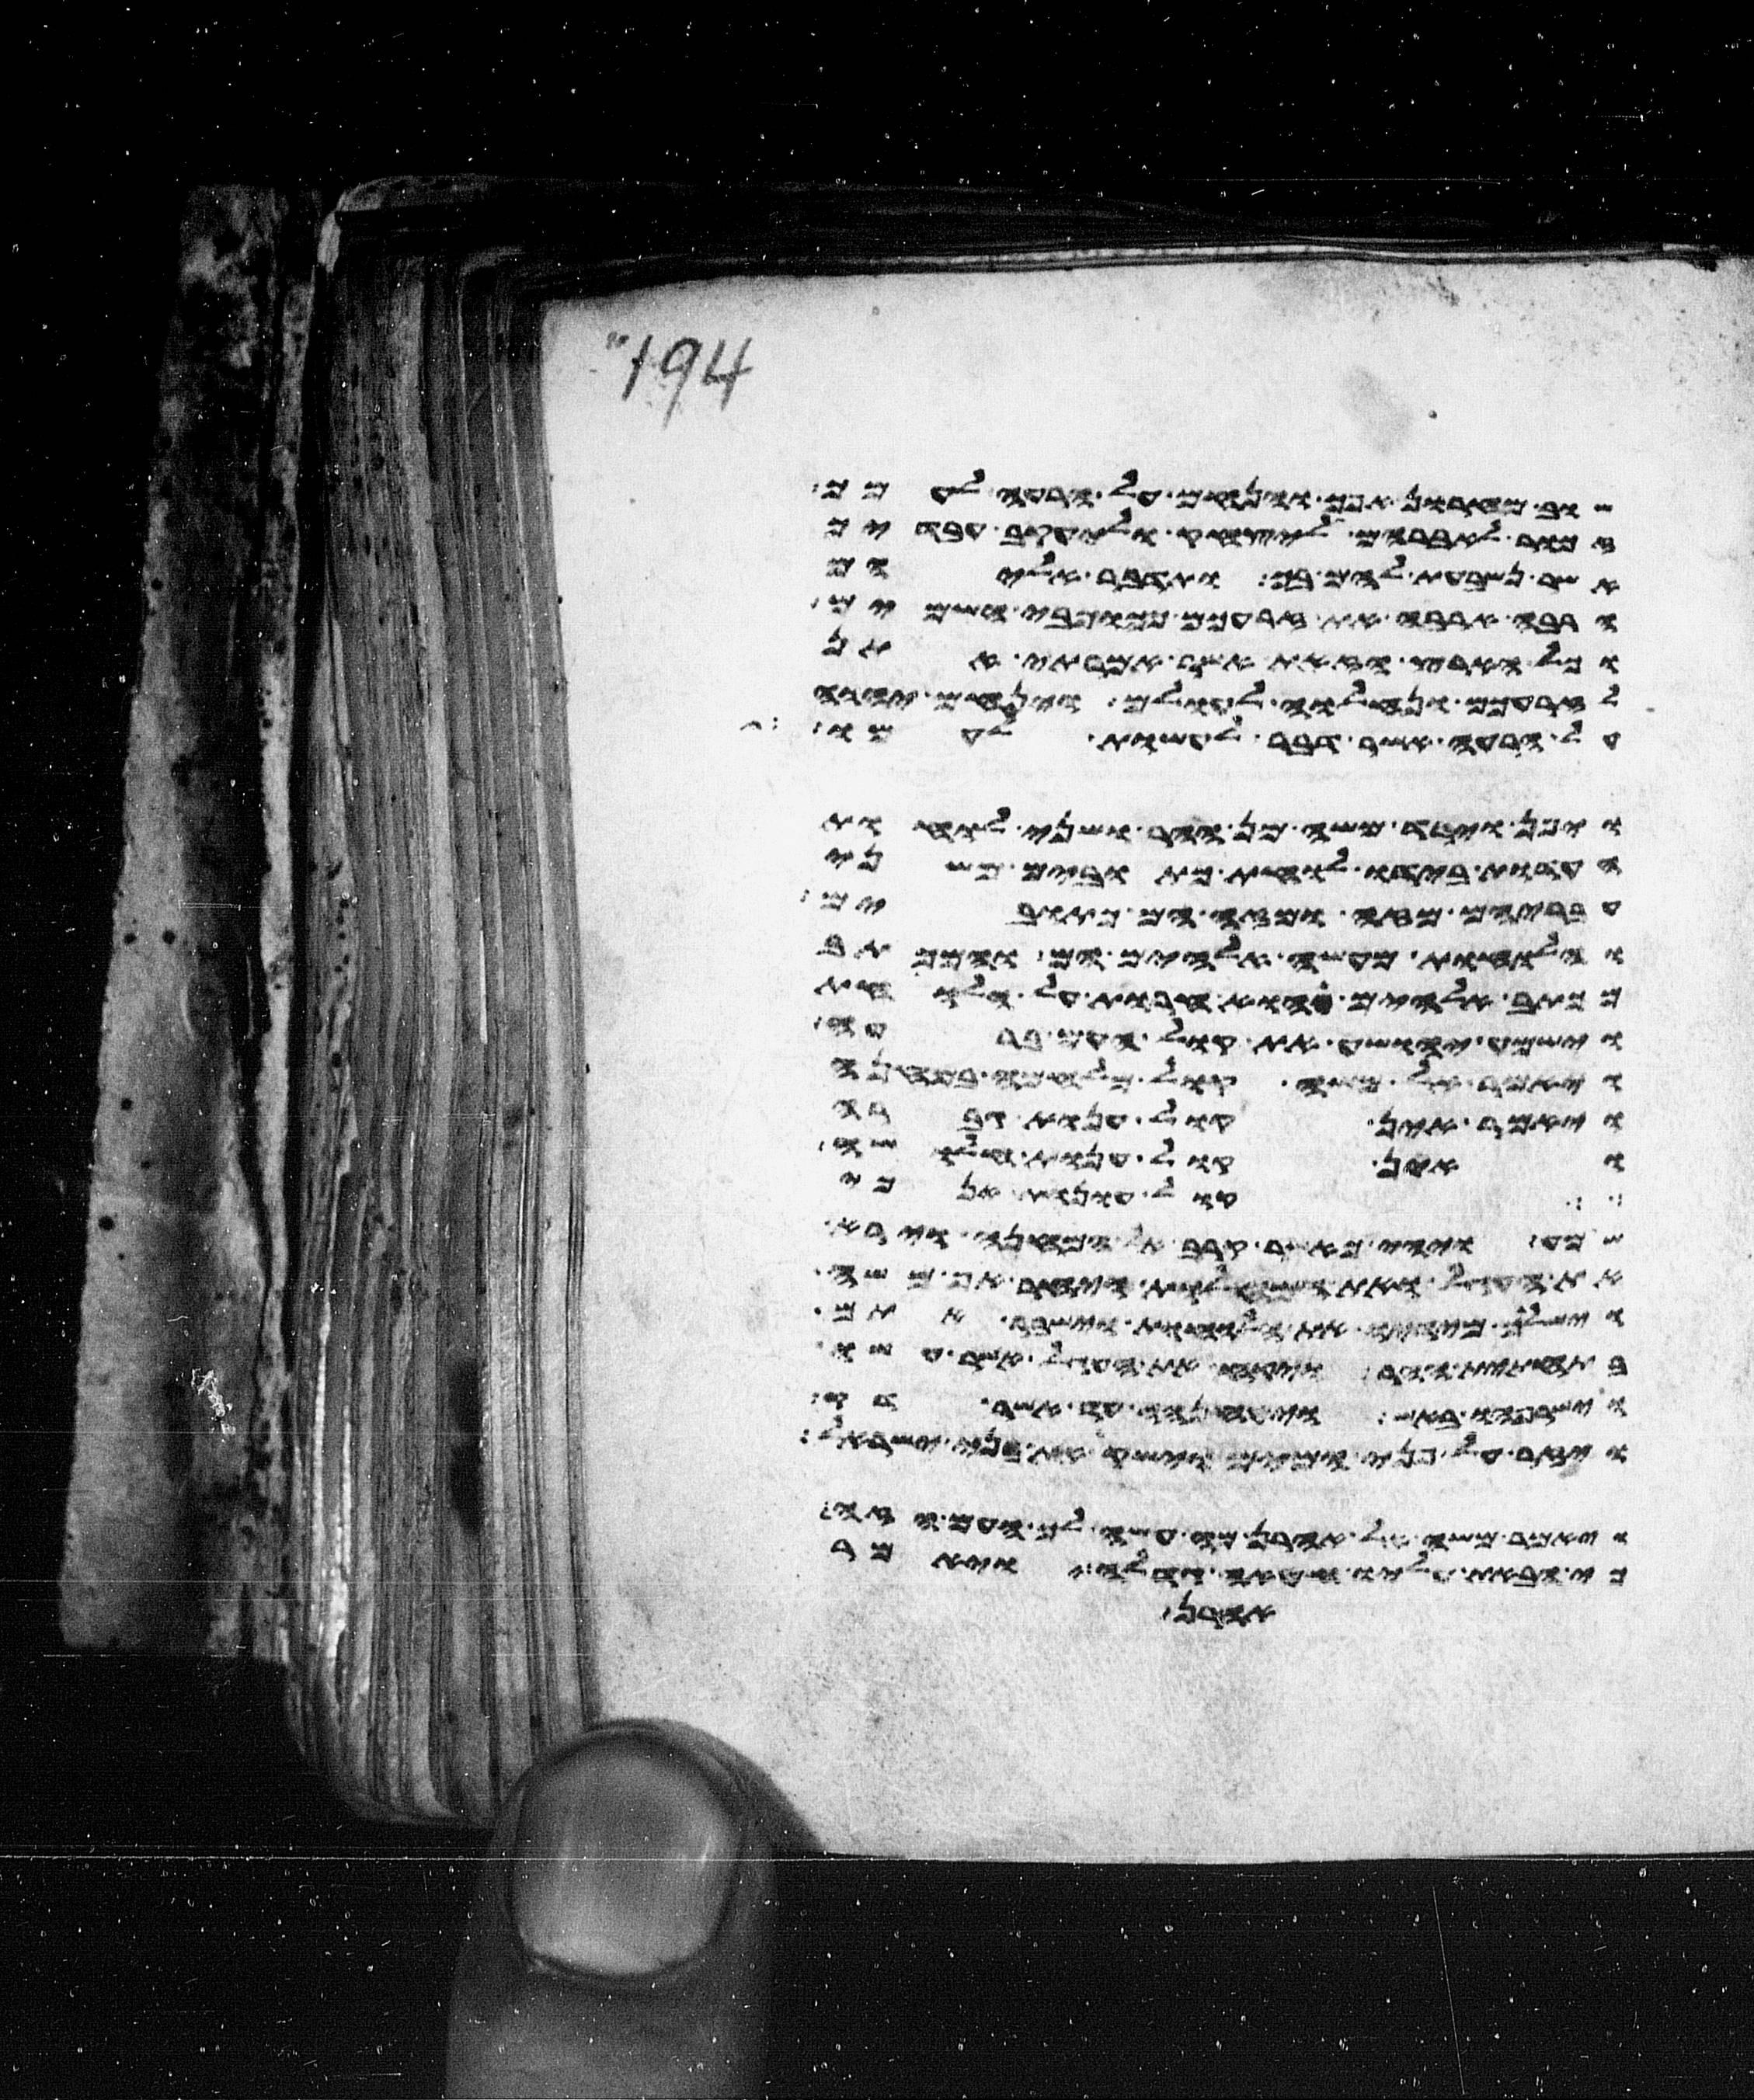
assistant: שוב מחרון אפך והנחם על הרעה לעמך
זכור לאברהם ליצחק וליעקב עבדיך
אשר נשבעת להם בך ותדבר אליהם
הרבה ארבה את זרעכם ככוכבי השמים
וכל הארץ הזאת אשר אמרתי אתן
לזרעכם ונחלוה לעולם וינחם יהוה
על הרעה אשר דבר לעשות לעמו
ויפן וירד משה מן ההר ושני לוחת
העדות בידו לוחת כתובים משני
עבריהם מזה ומזה הם כתובים
והלוחות מעשה אלהים הם והמכתב
מכתב אלהים הוא חרות על הלוחות
וישמע יהושע את קול העם ברעה
ויאמר אל משה קול מלחמה במחנה
ויאמר אין קול ענות גברה
ואין קול ענות חלושה
קול עונות אנכי
שמע ויהי כאשר קרב אל המחנה וירא
את העגל ואת המחלות ויחר אף משה
וישליך מידיו את הלוחות וישבר אתם
בתחתית ההר ויקח את העגל אשר עשו
וישרפהו באש ויטנחהו עד אשר דק
ויזר על פני המים וישק את בני ישראל
ויאמר משה אל אהרן מה עשה לך העם הזה
כי הבאת עליו חטאה גדלה ויאמר
אהרן